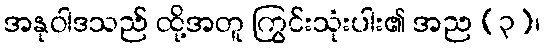
အနုဝါဒသည် ထို့အတူ ကြွင်းသုံးပါး၏ အည (၃)၊